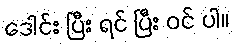
ဒေါင်း ပြီး ရင် ပြီး ဝင် ပါ။